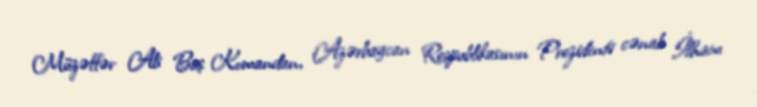
Müzəffər Ali Baş Komandan, Azərbaycan Respublikasının Prezidenti cənab İlham